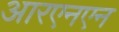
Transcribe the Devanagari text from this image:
आरएनएन